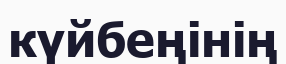
күйбеңінің